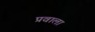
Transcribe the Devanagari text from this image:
प्रवाला